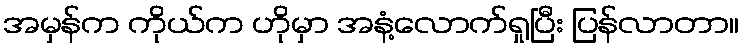
အမှန်က ကိုယ်က ဟိုမှာ အနံ့လောက်ရှုပြီး ပြန်လာတာ။